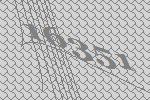
16351